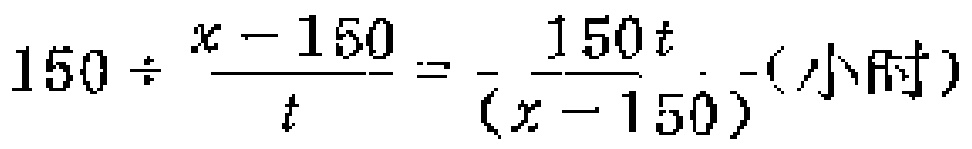
$150\div\frac{x - 150}{t}=\frac{150t}{(x - 150)}$（小时）